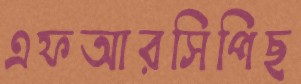
এফআরসিপিছ